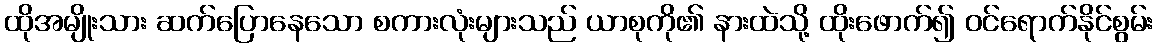
ထိုအမျိုးသား ဆက်ပြောနေသော စကားလုံးများသည် ယာစုကို၏ နားထဲသို့ ထိုးဖောက်၍ ဝင်ရောက်နိုင်စွမ်း